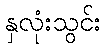
နှလုံးသွင်း